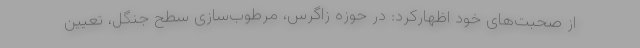
از صحبت‌های خود اظهارکرد: در حوزه زاگرس، مرطوب‌سازی سطح جنگل، تعیین